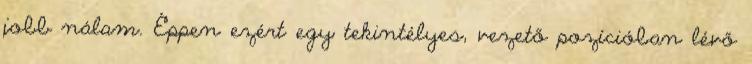
jobb nálam. Éppen ezért egy tekintélyes, vezető pozícióban lévő